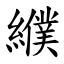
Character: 纀